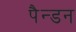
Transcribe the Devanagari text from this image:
पैन्डन